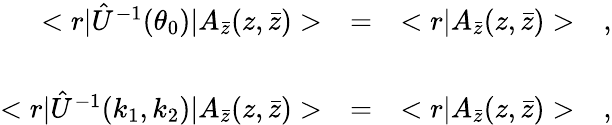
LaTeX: \begin{array}{rcl}{{<r|\hat{U}^{-1}(\theta_{0})|A_{\bar{z}}(z,\bar{z})>}}&{{=}}&{{<r|A_{\bar{z}}(z,\bar{z})>\ \ \ ,}}\\ {{}}&{{}}&{{}}\\ {{<r|\hat{U}^{-1}(k_{1},k_{2})|A_{\bar{z}}(z,\bar{z})>}}&{{=}}&{{<r|A_{\bar{z}}(z,\bar{z})>\ \ \ ,}}\end{array}